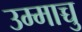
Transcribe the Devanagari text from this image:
उम्माच्चु